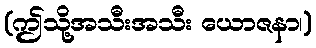
(ဤသို့အသီးအသီး ယောဇနာ၊)